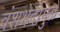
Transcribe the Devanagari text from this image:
वंशभेदामुळे